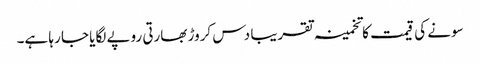
سونے کی قیمت کا تخمینہ تقریبا دس کروڑ بھارتی روپے لگایا جا رہا ہے۔